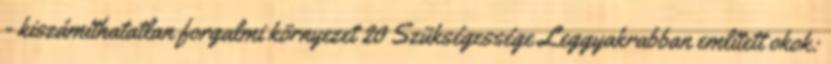
- kiszámíthatatlan forgalmi környezet 20 Szükségessége Leggyakrabban említett okok: